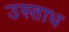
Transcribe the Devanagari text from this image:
उस्ताध